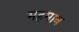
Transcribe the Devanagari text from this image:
महमान